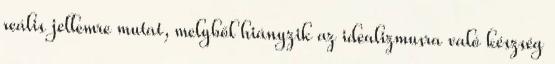
reális jellemre mutat, melyből hiányzik az idealizmusra való készség